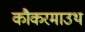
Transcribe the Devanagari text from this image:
कौकरमाउथ